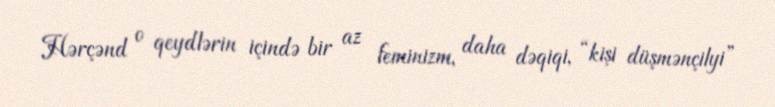
Hərçənd o qeydlərin içində bir az feminizm, daha dəqiqi, “kişi düşmənçilyi”